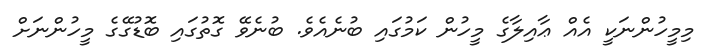
މިމީހުންނަކީ އެއް ޢާއިލާގެ މީހުން ކަމުގައި ބުނެއެވެ. ބުނެވޭ ގޮތުގައި ބޮޑުގޭގެ މީހުންނަށް